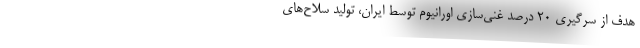
هدف از سرگیری ۲۰ درصد غنی‌سازی اورانیوم توسط ایران، تولید سلاح‌های